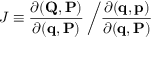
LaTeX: J \equiv { \frac { \partial ( \mathbf { Q } , \mathbf { P } ) } { \partial ( \mathbf { q } , \mathbf { P } ) } } \left/ { \frac { \partial ( \mathbf { q } , \mathbf { p } ) } { \partial ( \mathbf { q } , \mathbf { P } ) } } \right.